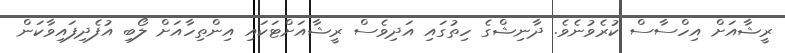
ރީޝާއަށް އިހްސާސް ކުރެވުނެވެ. ދާނިޝްގެ ހިތުގައި އަދިވެސް ރީޝާއަށްޓަކައި އިންތިހާއަށް ލޯބި އުފެދިފައިވާކަން